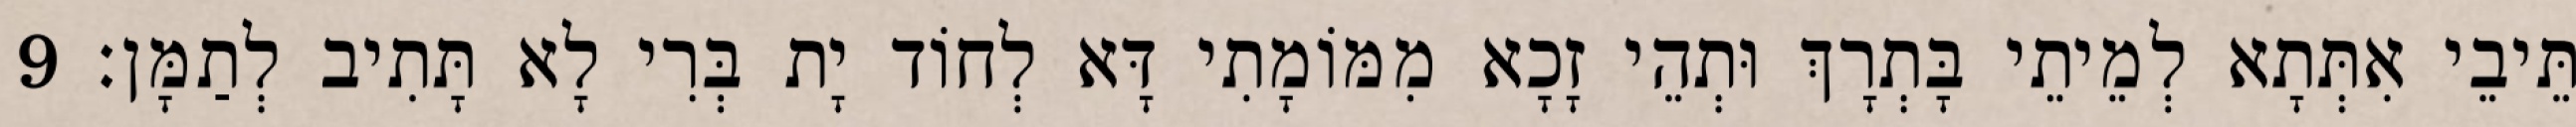
תֵּיבֵי אִתְּתָא לְמֵיתֵי בָּתְרָךְ וּתְהֵי זָכָא מִמּוֹמָתִי דָּא לְחוֹד יָת בְּרִי לָא תָּתִיב לְתַמָּן׃ 9